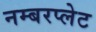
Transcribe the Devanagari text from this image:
नम्बरप्लेट